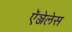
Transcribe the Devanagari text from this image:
ऍञ्जेलेस